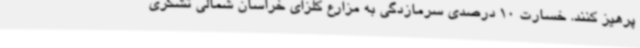
پرهیز کنند. خسارت 10 درصدی سرمازدگی به مزارع کلزای خراسان شمالی تشکری